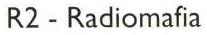
R2-Radiomafia